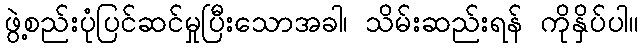
ဖွဲ့စည်းပုံပြင်ဆင်မှုပြီးသောအခါ၊ သိမ်းဆည်းရန် ကိုနှိပ်ပါ။